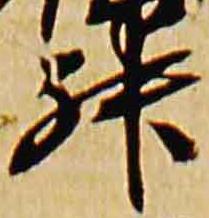
升